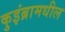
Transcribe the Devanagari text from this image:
कुइंब्रामधील